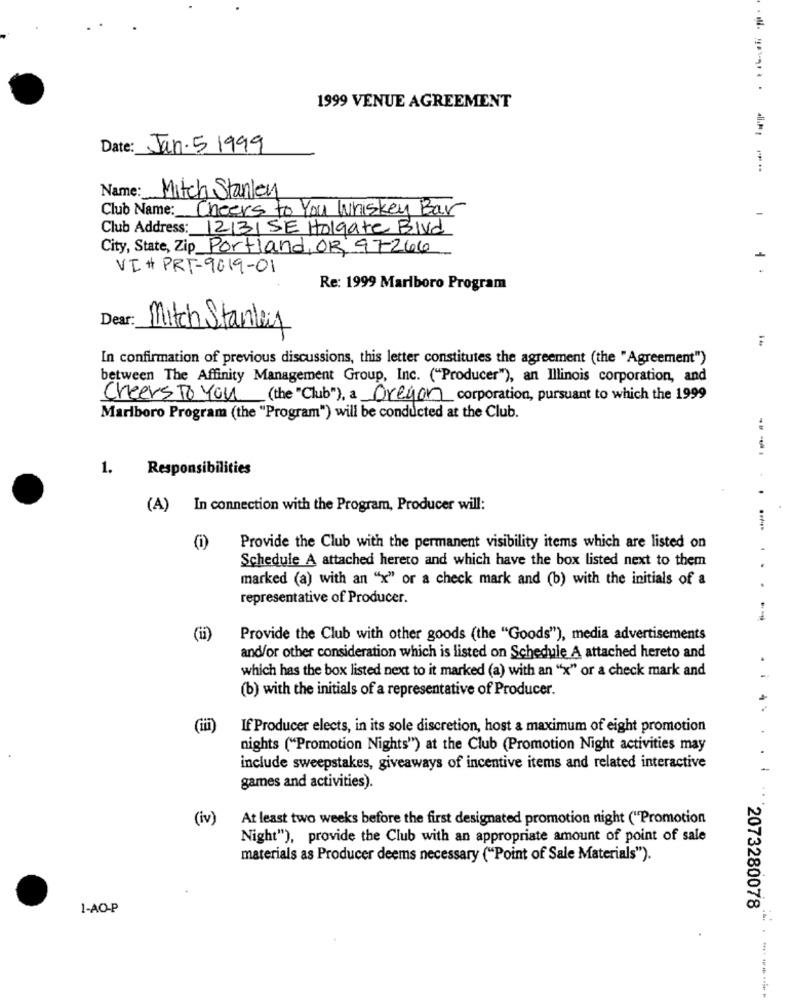
1999 VENUE AGREEMENT
Date: Jan.5 1999
------
Name: Mitch Stanley
Club Name: Cheers to You Whiskey Bar
Club Address: 12131 SE Holgate Blvd
City, State, Zip Portland, OR 97266
VI # PRI-9019-01
Re: 1999 Marlboro Program
Dear:
Mitch Stanley
In confirmation of previous discussions, this letter constitutes the agreement (the "Agreement")
between The Affinity Management Group, Inc. ("Producer"), an Illinois corporation, and
Cheers To You (the "Club"), a Oregon corporation, pursuant to which the 1999
Marlboro Program (the "Program") will be conducted at the Club.
1.
Responsibilities
----
(A) In connection with the Program, Producer will:
Provide the Club with the permanent visibility items which are listed on
Schedule A attached hereto and which have the box listed next to them
. .
marked (a) with an "x" or a check mark and (b) with the initials of a
representative of Producer.
(ii)
Provide the Club with other goods (the "Goods"), media advertisements
and/or other consideration which is listed on Schedule A attached hereto and
which has the box listed next to it marked (a) with an "x" or a check mark and
(b) with the initials of a representative of Producer.
If Producer elects, in its sole discretion, host a maximum of eight promotion
nights ("Promotion Nights") at the Club (Promotion Night activities may
include sweepstakes, giveaways of incentive items and related interactive
. 4
games and activities).
(iv)
At least two weeks before the first designated promotion night ("Promotion
Night"), provide the Club with an appropriate amount of point of sale
materials as Producer deems necessary ("Point of Sale Materials").
1-AO-P
"2073280078